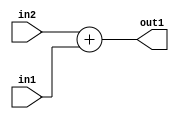
`timescale 1ps / 1ps
/*****************************************************************************
    Verilog RTL Description
    
    
    Created by: Stratus DpOpt 2019.1.01 
*******************************************************************************/

module st_weight_addr_gen_Add_33Sx16U_33S_4_12 (
	in2,
	in1,
	out1
	); /* architecture "behavioural" */ 
input [32:0] in2;
input [15:0] in1;
output [32:0] out1;
wire [32:0] asc001;

assign asc001 = 
	+(in2)
	+(in1);

assign out1 = asc001;
endmodule

/* CADENCE  ubTwTww= : u9/ySgnWtBlWxVPRXgAZ4Og= ** DO NOT EDIT THIS LINE ******/